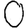
Digit: 0